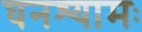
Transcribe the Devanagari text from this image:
घनश्यामः